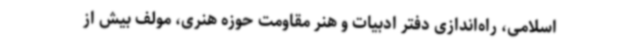
اسلامی، راه‌اندازی دفتر ادبیات و هنر مقاومت حوزه هنری، مولف بیش از